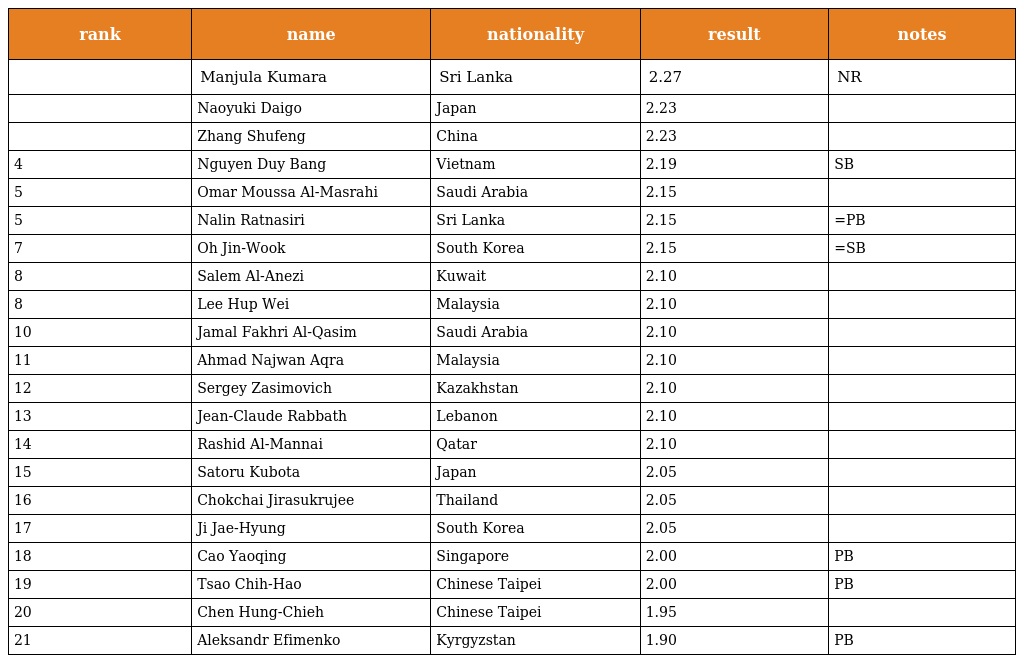
| rank | name | nationality | result | notes |
 | --- | --- | --- | --- | --- |
 |  | Manjula Kumara | Sri Lanka | 2.27 | NR |
 |  | Naoyuki Daigo | Japan | 2.23 |  |
 |  | Zhang Shufeng | China | 2.23 |  |
 | 4 | Nguyen Duy Bang | Vietnam | 2.19 | SB |
 | 5 | Omar Moussa Al-Masrahi | Saudi Arabia | 2.15 |  |
 | 5 | Nalin Ratnasiri | Sri Lanka | 2.15 | =PB |
 | 7 | Oh Jin-Wook | South Korea | 2.15 | =SB |
 | 8 | Salem Al-Anezi | Kuwait | 2.10 |  |
 | 8 | Lee Hup Wei | Malaysia | 2.10 |  |
 | 10 | Jamal Fakhri Al-Qasim | Saudi Arabia | 2.10 |  |
 | 11 | Ahmad Najwan Aqra | Malaysia | 2.10 |  |
 | 12 | Sergey Zasimovich | Kazakhstan | 2.10 |  |
 | 13 | Jean-Claude Rabbath | Lebanon | 2.10 |  |
 | 14 | Rashid Al-Mannai | Qatar | 2.10 |  |
 | 15 | Satoru Kubota | Japan | 2.05 |  |
 | 16 | Chokchai Jirasukrujee | Thailand | 2.05 |  |
 | 17 | Ji Jae-Hyung | South Korea | 2.05 |  |
 | 18 | Cao Yaoqing | Singapore | 2.00 | PB |
 | 19 | Tsao Chih-Hao | Chinese Taipei | 2.00 | PB |
 | 20 | Chen Hung-Chieh | Chinese Taipei | 1.95 |  |
 | 21 | Aleksandr Efimenko | Kyrgyzstan | 1.90 | PB |